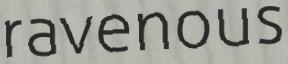
ravenous